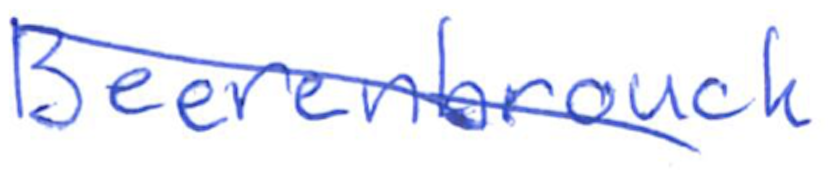
Text: Beerenbrouck
Cross-out: diagonal
Writing tool: ballpoint